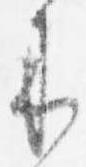
来